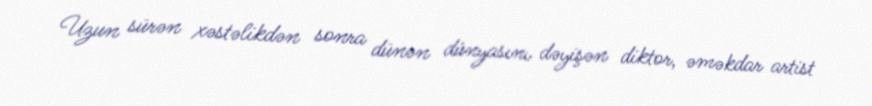
Uzun sürən xəstəlikdən sonra dünən dünyasını dəyişən diktor, əməkdar artist